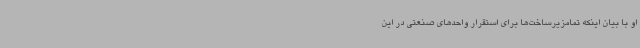
او با بیان اینکه تمامزیرساخت‌ها برای استقرار واحدهای صنعتی در این